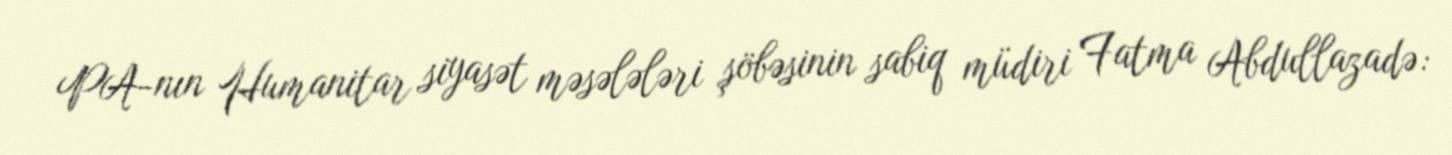
PA-nın Humanitar siyasət məsələləri şöbəsinin sabiq müdiri Fatma Abdullazadə: